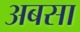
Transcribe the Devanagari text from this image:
अबसा